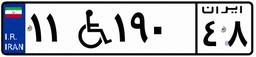
۸۶W۴۹۳۲۷